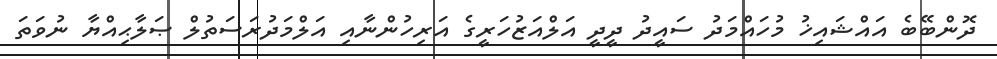
ދޮންބޭބެ އައްޝައިޚު މުހައްމަދު ސައީދު ދީދީ އަލްއަޒުހަރީގެ އަރިހުންނާއި އަލްމަދުރަސަތުލް ޞަލާޙިއްޔާ ނުވަތަ